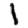
Digit: 1